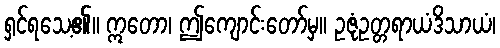
ရှင်ရသေ့၏။ ဣတော၊ ဤကျောင်းတော်မှ။ ဥဇုံဥတ္တရာယံဒိသာယံ၊